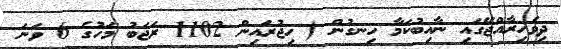
ދިވެހިރާއްޖޭގައި ނާއިބުކަމާ ހިނގުން ( ހިޖުރައިން 1102 ރަޖަބު މަހުގެ 6 ވަނަ